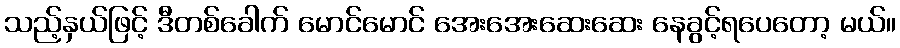
သည့်နှယ်ဖြင့် ဒီတစ်ခေါက် မောင်မောင် အေးအေးဆေးဆေး နေခွင့်ရပေတော့ မယ်။